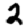
Digit: 2